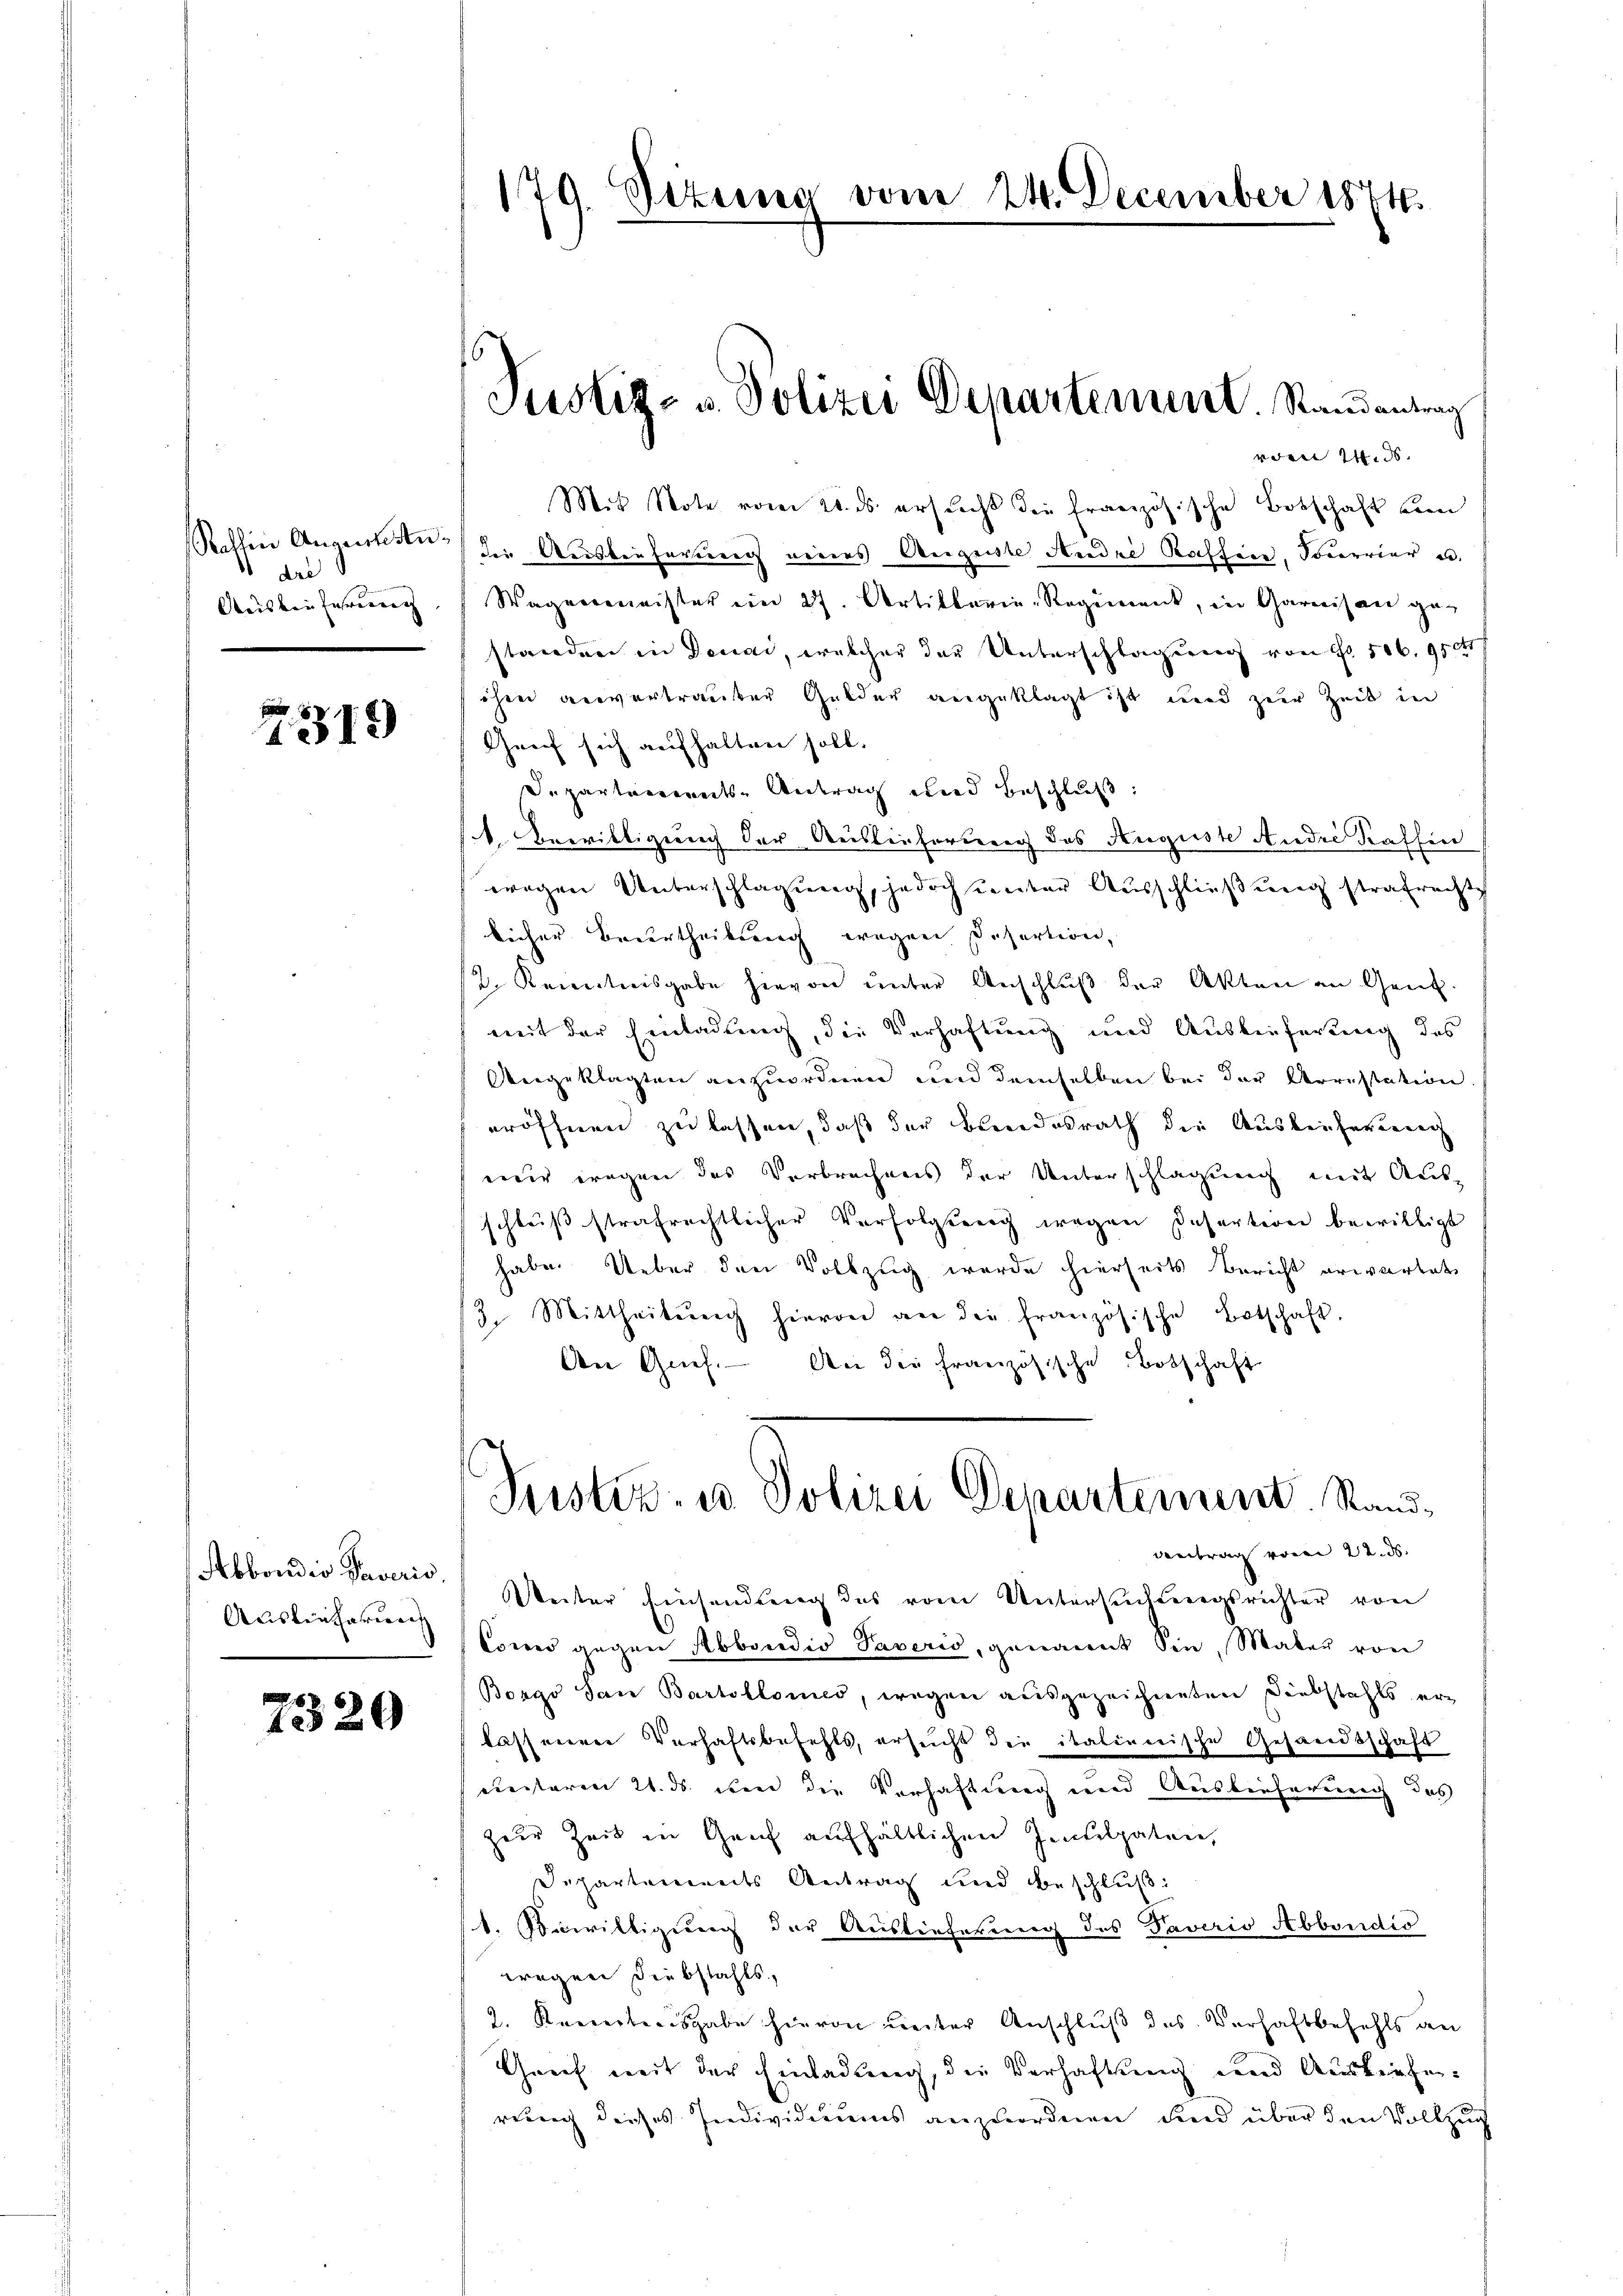
Rothin Augenanndre
Ausbeuterung

19

Abbondio Paveris
Auskenbareren

7320

vom Wid
Mit Note vom 20. ds ersucht die französische Botschaft von
die Ausbreferung eines Augenste Andre Kaffen, Socervier u.
Wagenmeister ein 27. Artillerie-Regiment, in Garnis an ge-
standen in Deucar, welcher das Unterschlagung von Fr. 506. 950
ihm anvertrauter Gelder angeklagt ist und zur Zeit in
Genf sich aufhalten soll.
Departenweite Antrag und Beschluß:
1. Bewilligung der Auslieferung des Auguste Audie Kaffen
wegen Unterschlagung, jedoch unter Ausschließung strafrecht
licher Beurtheilung wegen Desertion,
/2. Kenntnisgabe hievon unter Anschluß der Akten an Gant.
mit der Einladung, die Verhaftung und Auslieferung des
Angeklagten anzuordnen und demselben bei der Arrestation
eröffnen zu lassen, daß der Landesrath die Auslieferung
mer wegen das Verbrechens der Unterschlagung mit Aus-
schluß strafrechtlicher Verfolgung wegen Insertion bewilligt
habe. Ueber den Vollzug wurde hierseits Bericht erwartet
2. Mittheilŭng hievon an die französische Botschaft.
An Grief. An die französische Botschaft

179. Sekung vom 24. December 1874.

Justiz- u. Polizei Departement. Randantrag

Weiter Einsendung des vom Untersuchtungsrichter von
Como angen Abbondio Paverio, genannt Sie, Mater von
Borgo San Bartolomes, wegen ausgezeichneten Diebstahls er-
lassenen Verhaftsbefehls, ersucht die italienische Gesandtschaft
eertaren 21. ds. in die Verhaftung und Auslieferung des
zur Zeit in Genf aufhältlichen Intelpaten,
Departements Antrag und beschluß
1. Bewilligung der Auslieferung des Taverio Abbondio
wegen Diebstahls,
2. Kreiertengabe hievon unter Anschluß des Verhaftbefehls an
Greif mit der Einladung, die Verhaftung und Ausliefen.
rung dieses Individiums anzuordnen, und über den Vollzug

Justiz- u Polizei Departement. Rand¬
Antrag vom 22. ds.